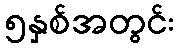
၅နှစ်အတွင်း